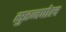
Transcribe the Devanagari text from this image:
सुरजपोल